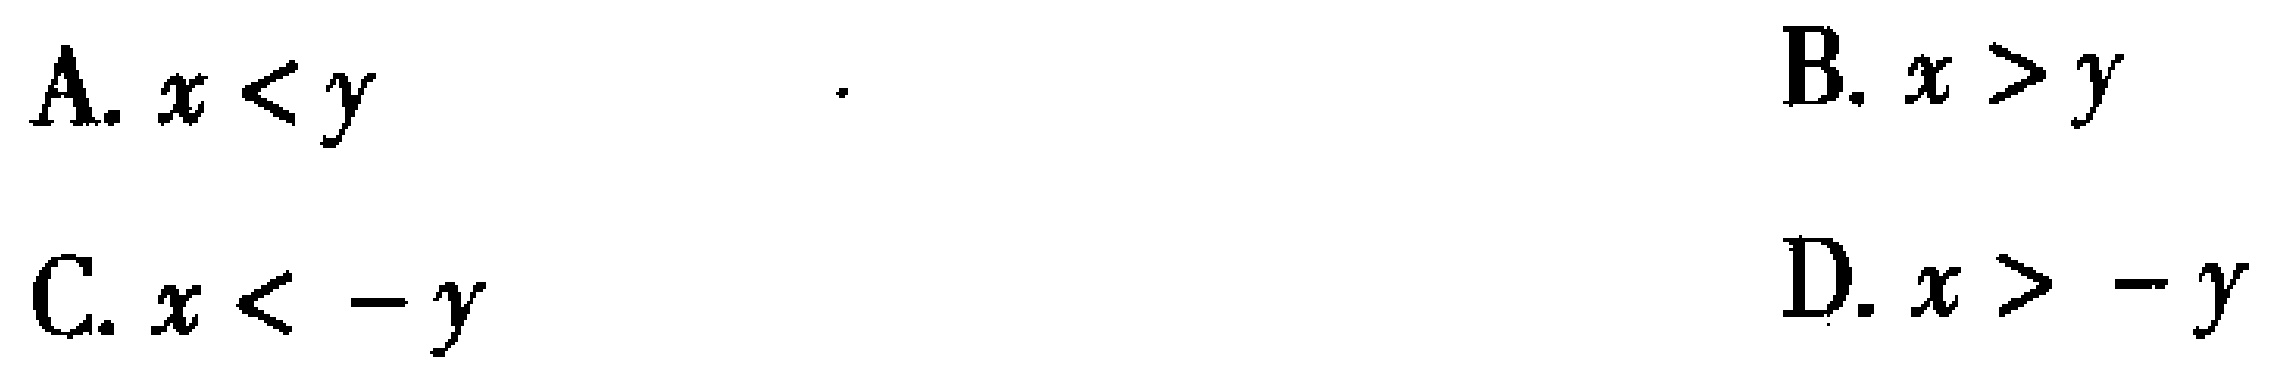
A. \(x < y\).  B. \(x > y\)

C. \(x < -y\)  D. \(x > -y\)